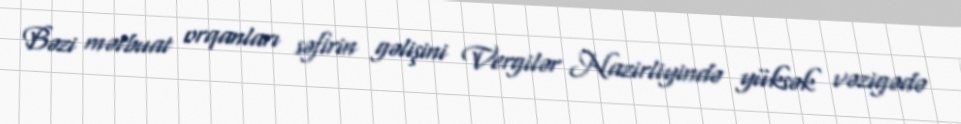
Bəzi mətbuat orqanları səfirin gəlişini Vergilər Nazirliyində yüksək vəzigədə